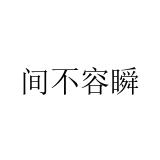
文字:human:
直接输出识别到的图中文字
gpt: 间不容瞬